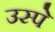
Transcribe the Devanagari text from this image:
उस्पे